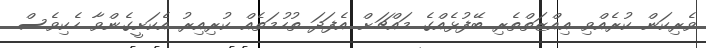
ވެރިކަން ކުރެއްވި އިއްޒަތްތެރި ބޭފުޅެއްގެ މައްޗަށް އެފަދަ ތުހުމަތެއް ކުރިއިރު އެކަށީގެންވާ ހެކިވެސް